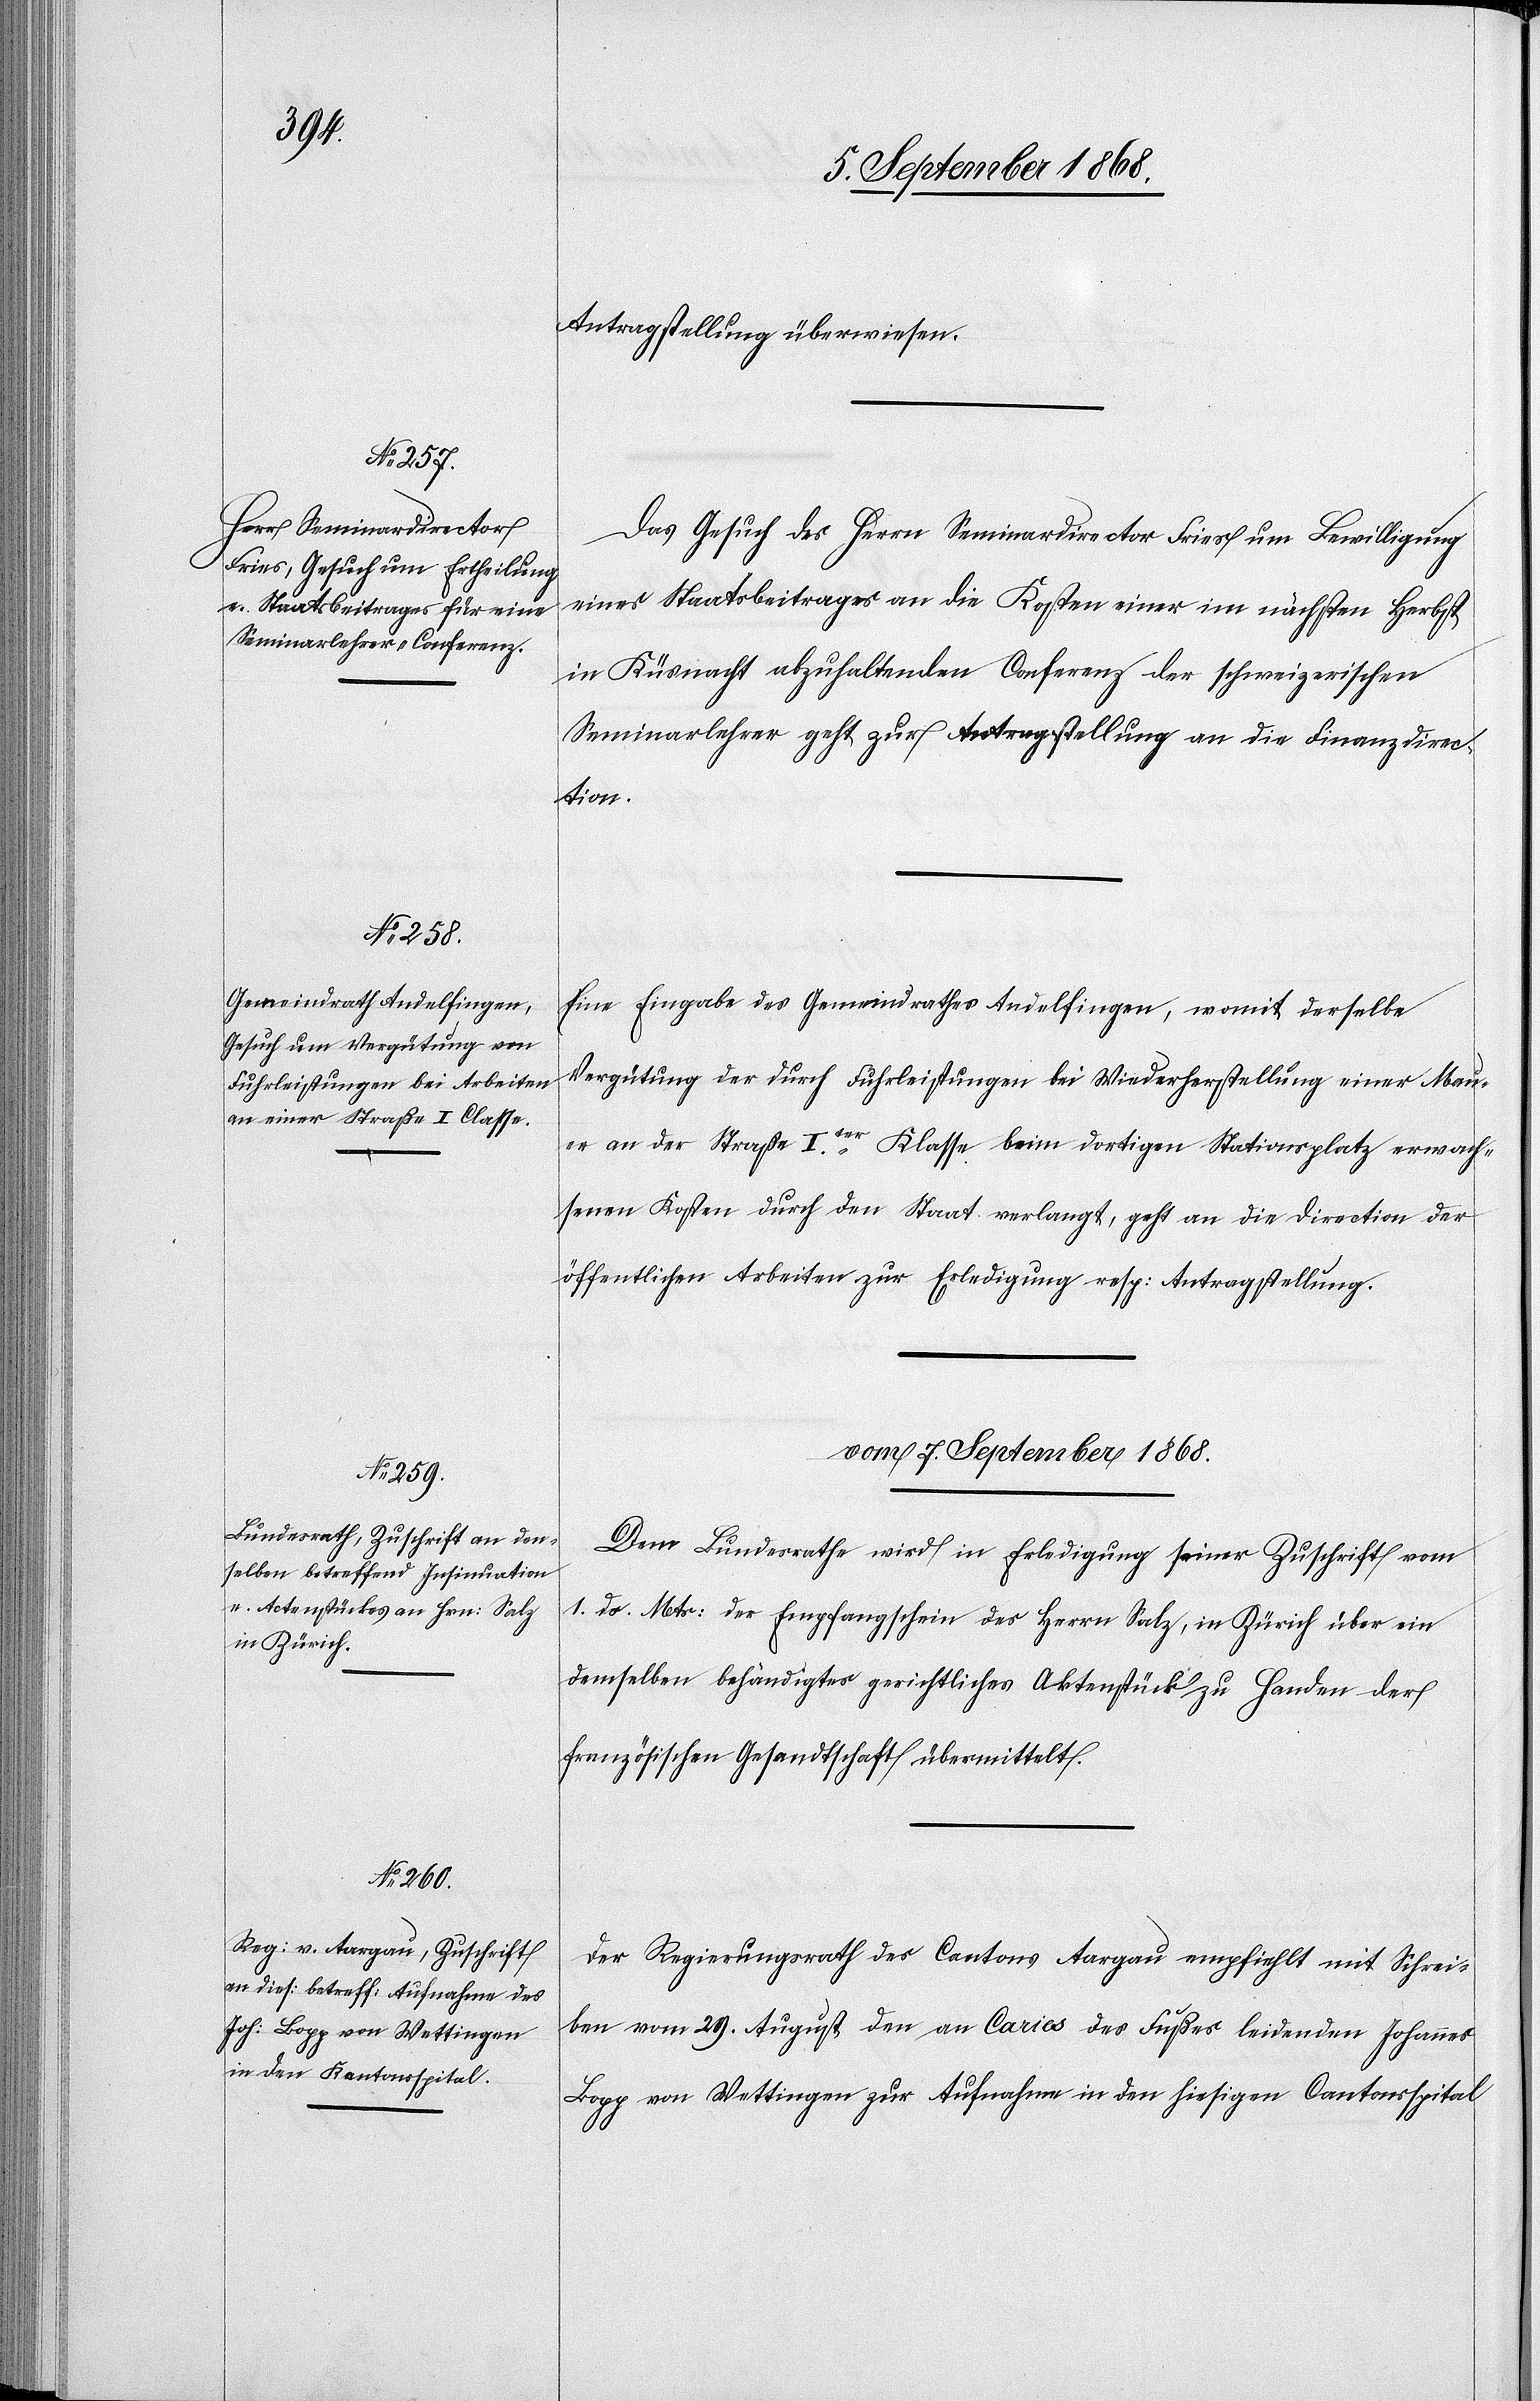
l-Verfügungen.

5. September 1868.]
Antragstellung überwiesen.
Das Gesuch des Herrn Seminardirector Fries um Bewilligung
eines Staatsbeitrages an die Kosten einer im nächsten Herbst
in Küsnacht abzuhaltenden Conferenz der schweizerischen
Seminarlehrer geht zur Antragstellung an die Finanzdirec¬
tion.
Eine Eingabe des Gemeindrathes Andelfingen, womit derselbe
Vergütung der durch Fuhrleistungen bei Wiederherstellung einer Mau¬
er an der Straße Iter. Klasse beim dortigen Stationsplatz erwach¬
senen Kosten durch den Staat verlangt, geht an die Direction der
öffentlichen Arbeiten zur Erledigung resp: Antragstellung.
vom 7. September 1868.]
Dem Bundesrathe wird in Erledigung seiner Zuschrift vom
1. ds. Mts: der Empfangschein des Herrn Salz, in Zürich über ein
demselben behändigtes gerichtliches Aktenstück zu Handen der
französischen Gesandtschaft übermittelt.
Der Regierungsrath des Cantons Aargau empfiehlt mit Schrei¬
ben vom 29. August den an Caries des Fußes leidenden Johannes
Bopp von Wettingen zur Aufnahme in den hiesigen Cantonsspital